Indian journal of veterinary science and animal husbandry - Volume 10,
Year: 1940
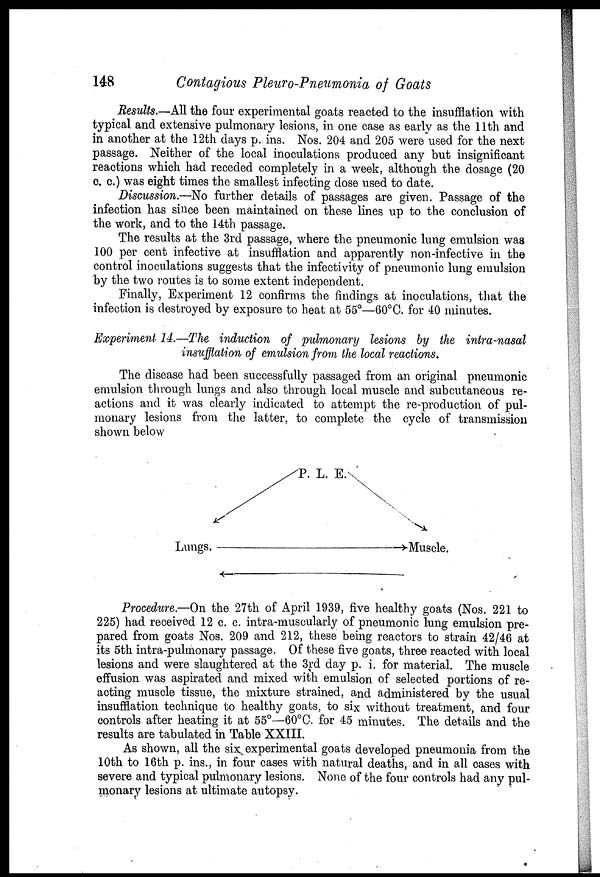
148
Contagious Pleuro-Pneumonia of Goats
Results.—All the four experimental goats reacted to the insufflation with
typical and extensive pulmonary lesions, in one case as early as the 11th and
in another at the 12th days p. ins. Nos. 204 and 205 were used for the next
passage. Neither of the local inoculations produced any but insignificant
reactions which had receded completely in a week, although the dosage (20
c. c.) was eight times the smallest infecting dose used to date.
Discussion.—No further details of passages are given. Passage of the
infection has since been maintained on these lines up to the conclusion of
the work, and to the 14th passage.
The results at the 3rd passage, where the pneumonic lung emulsion was
100 per cent infective at insufflation and apparently non-infective in the
control inoculations suggests that the infectivity of pneumonic lung emulsion
by the two routes is to some extent independent.
Finally, Experiment 12 confirms the findings at inoculations, that the
infection is destroyed by exposure to heat at 55°—60°C. for 40 minutes.
Experiment 14.—The induction of pulmonary lesions by the intra-nasal
insufflation of emulsion from the local reactions.
The disease had been successfully passaged from an original pneumonic
emulsion through lungs and also through local muscle and subcutaneous re-
actions and it was clearly indicated to attempt the re-production of pul-
monary lesions from the latter, to complete the cycle of transmission
shown below
Procedure.—On the 27th of April 1939, five healthy goats (Nos. 221 to
225) had received 12 c. c. intra-muscularly of pneumonic lung emulsion pre-
pared from goats Nos. 209 and 212, these being reactors to strain 42/46 at
its 5th intra-pulmonary passage. Of these five goats, three reacted with local
lesions and were slaughtered at the 3rd day p. i. for material. The muscle
effusion was aspirated and mixed with emulsion of selected portions of re-
acting muscle tissue, the mixture strained, and administered by the usual
insufflation technique to healthy goats, to six without treatment, and four
controls after heating it at 55°—60°C. for 45 minutes. The details and the
results are tabulated in Table XXIII.
As shown, all the six experimental goats developed pneumonia from the
10th to 16th p. ins., in four cases with natural deaths, and in all cases with
severe and typical pulmonary lesions. None of the four controls had any pul-
monary lesions at ultimate autopsy.